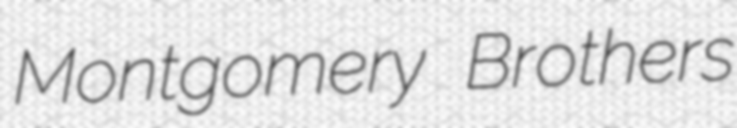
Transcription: Montgomery Brothers